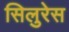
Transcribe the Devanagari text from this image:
सिलुरेस